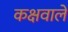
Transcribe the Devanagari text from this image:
कक्षवाले